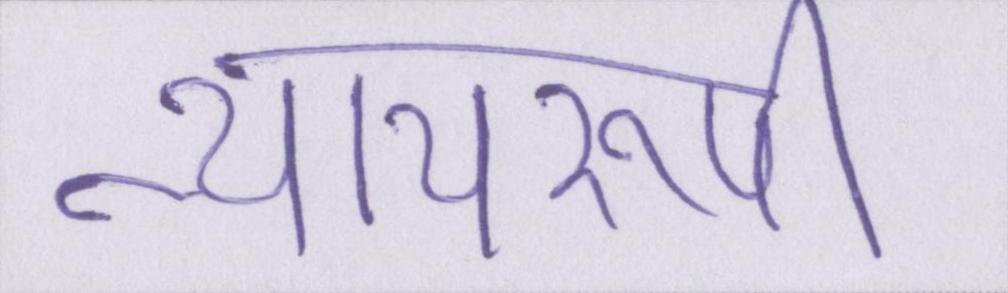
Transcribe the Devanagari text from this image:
न्यायरूपी